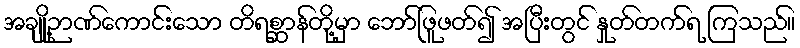
အချို့ဉာဏ်ကောင်းသော တိရစ္ဆာန်တို့မှာ ဘော်ဖြူဖတ်၍ အပြီးတွင် နှုတ်တက်ရ ကြသည်။